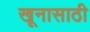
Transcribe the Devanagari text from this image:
खूनासाठी